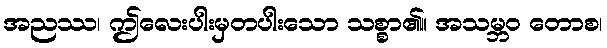
အညဿ၊ ဤလေးပါးမှတပါးသော သစ္စာ၏။ အသမ္ဘဝ တောစ၊